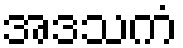
အဒသကံ